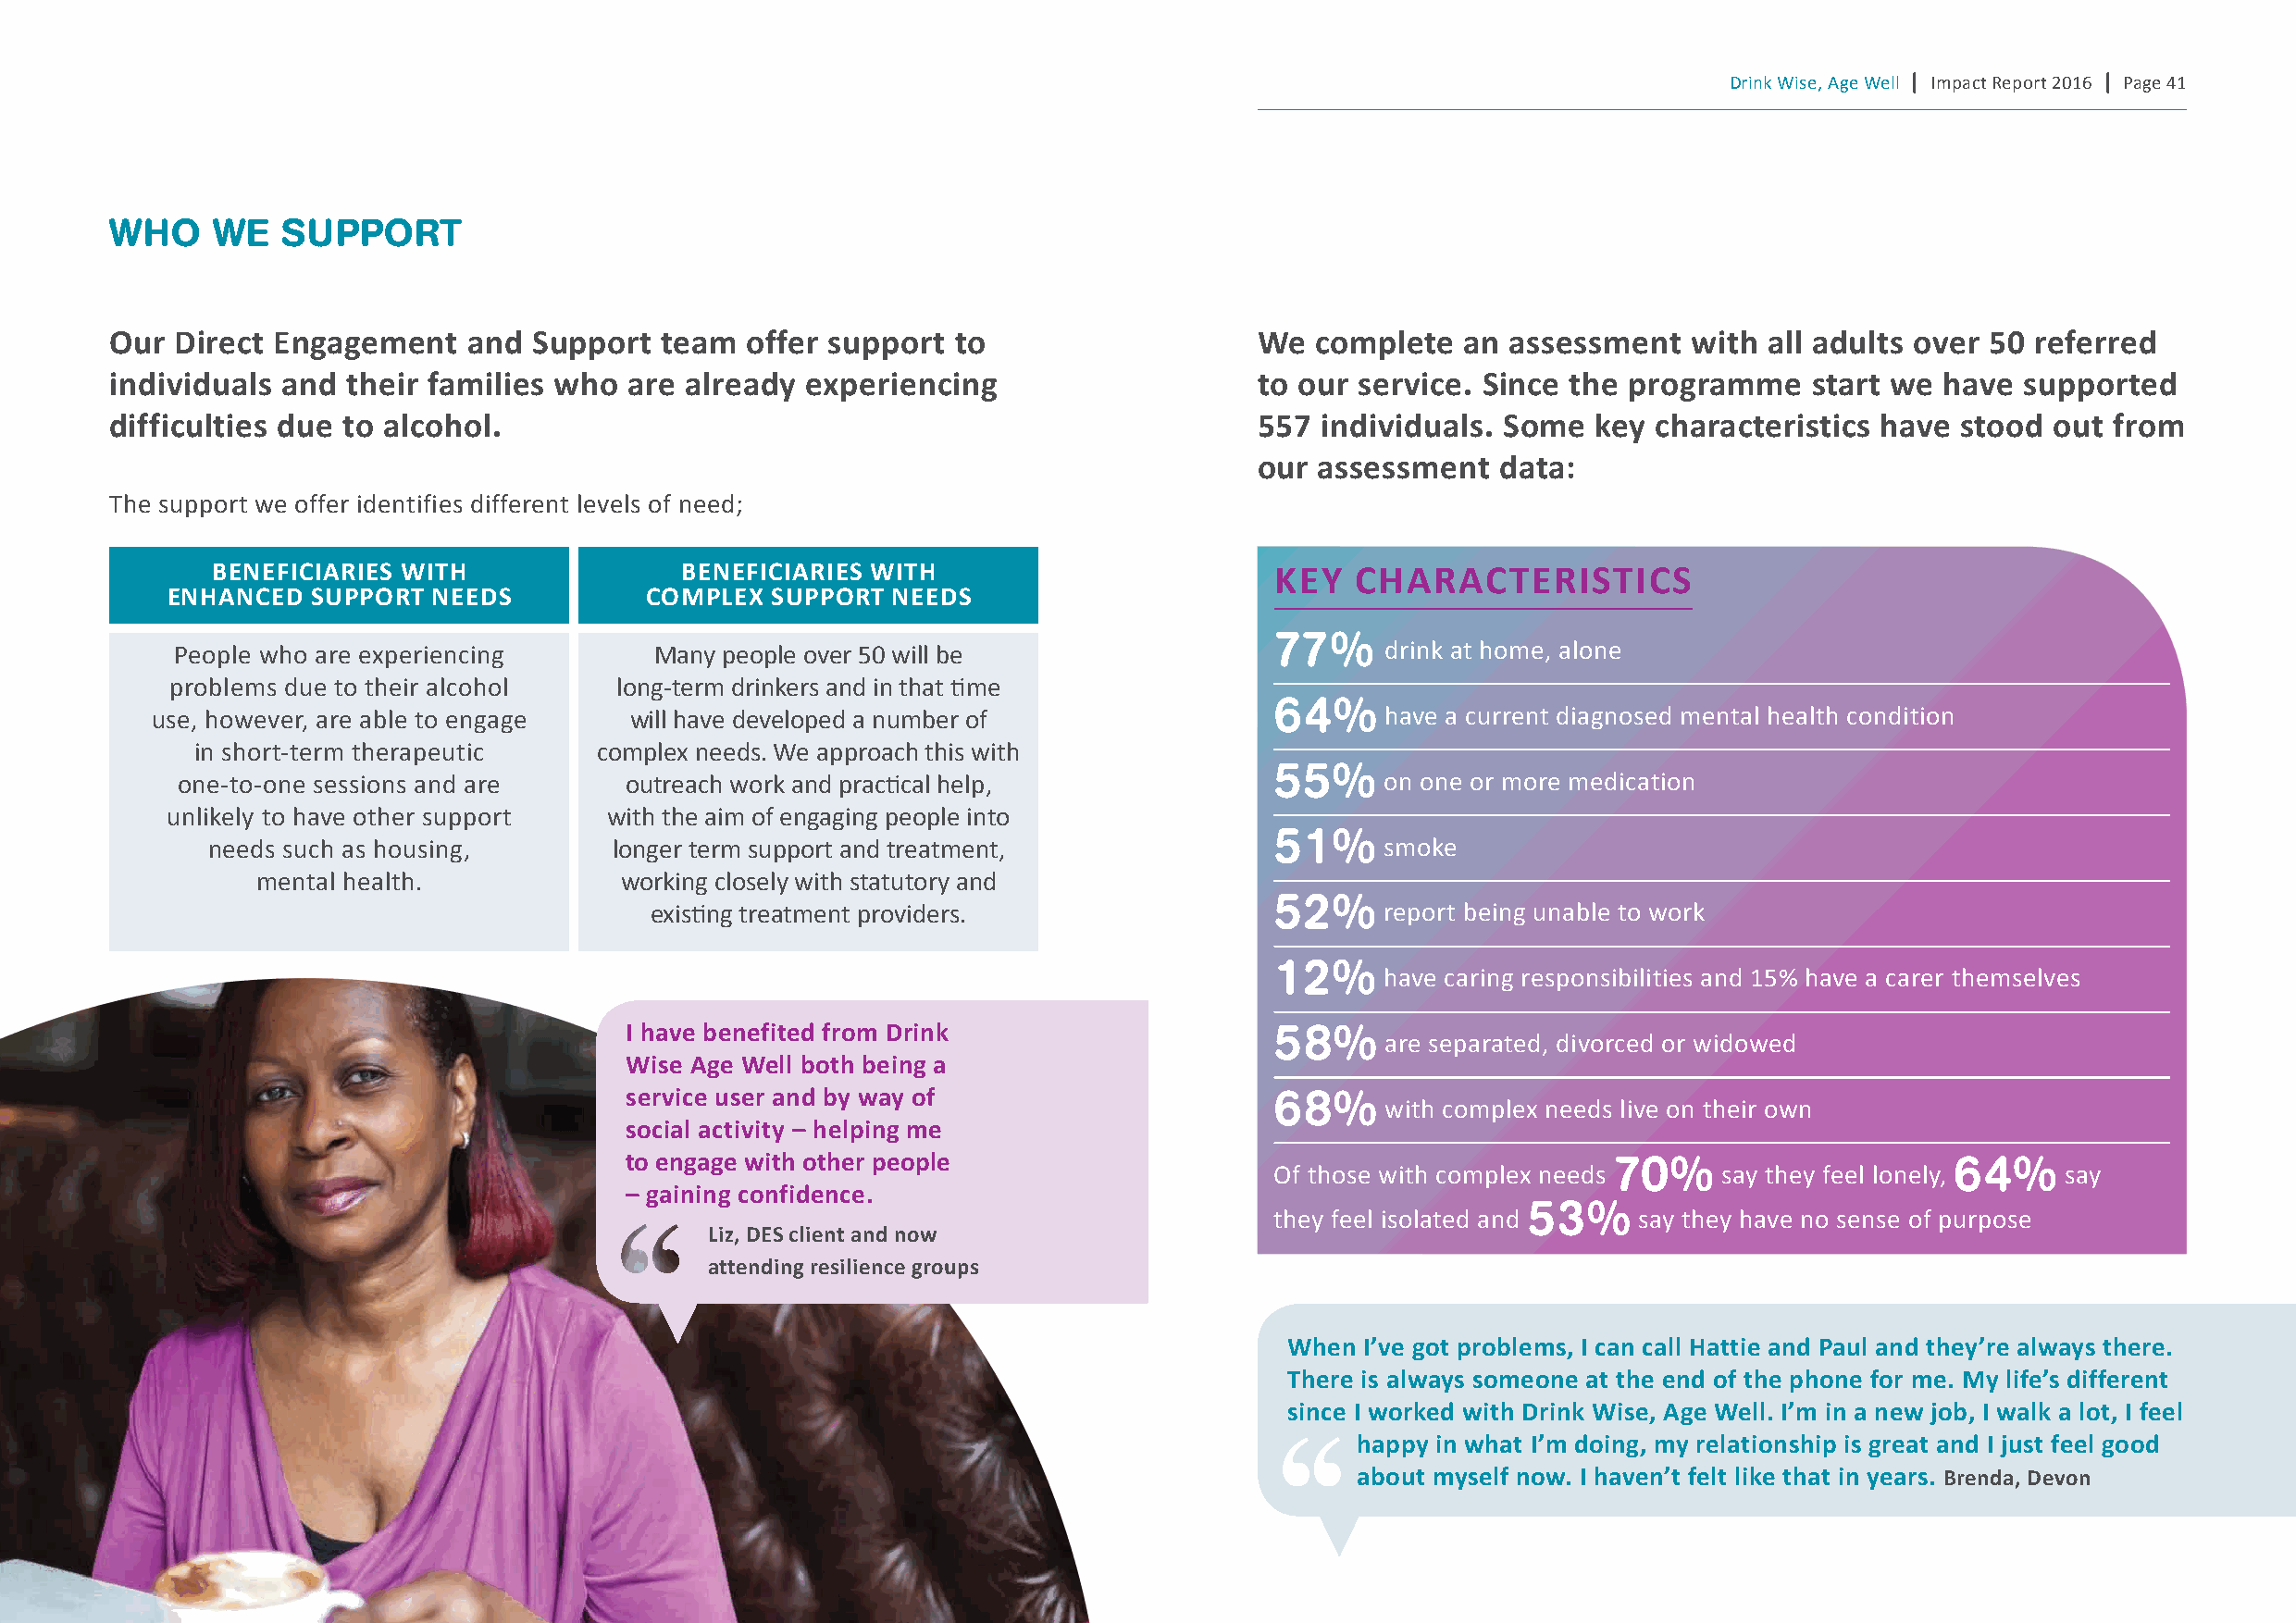
Drink Wise, Age Well | Impact Report 2016 | Page 41
 WHo    We   suPPoRT
 Our direct engagement    and  support  team  offer support  to                    we  complete   an assessment   with all adults over 50  referred
 individuals and  their families who  are already  experiencing                    to our service. since the programme    start we  have  supported
 difficulties due to alcohol.                                                      557 individuals. some   key characteristics have  stood  out from
 our assessment   data:
 The support we offer identifies different levels of need;
 BeneFIcIarIes wIth                BeneFIcIarIes wIth                        Key   characterIstIcs
 enhanced  sUppOrt  needs          cOMplex  sUppOrt needs
 77%
 People who are experiencing        Many people over 50 will be                         drink at home, alone
 problems due to their alcohol   long-term drinkers and in that time
 64%
 use, however, are able to engage  will have developed a number of                       have a current diagnosed mental health condition
 in short-term therapeutic    complex needs. We approach this with
 55%
 one-to-one sessions and are     outreach work and practical help,                     on one or more medication
 unlikely to have other support with the aim of engaging people into
 51%
 needs such as housing,       longer term support and treatment,                     smoke
 mental health.            working closely with statutory and
 52%
 existing treatment providers.                       report being unable to work
 12%
 have caring responsibilities and 15% have a carer themselves
 I have benefited from drink                   58%
 are separated, divorced or widowed
 wise age well both being a
 service user and by way of                    68%
 with complex needs live on their own
 social activity – helping me
 to engage with other people                                           70%                      64%
 Of those with complex needs     say they feel lonely,    say
 – gaining confidence.
 53%
 they feel isolated and    say they have no sense of purpose
 liz, des client and now
 attending resilience groups
 when I’ve got problems, I can call hattie and paul and they’re always there.
 there is always someone at the end of the phone for me. My life’s different
 since I worked with drink wise, age well. I’m in a new job, I walk a lot, I feel
 happy in what I’m doing, my relationship is great and I just feel good
 about myself now. I haven’t felt like that in years. Brenda, devon